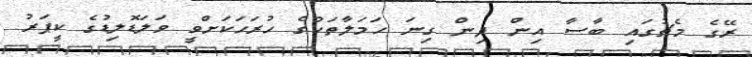
ރޭގެ މެޗުގައި ބާސާ އިން ދިން ގިނަ ހަމަލާތަކުގެ ހުރަހަކަށްވީ ވަލަޑޮލިޑުގެ ކީޕަރު